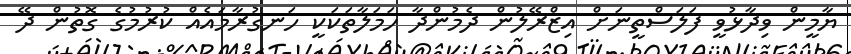
ޔާމީން ވިދާޅުވީ ފަލަސްތީނަށް އިޒްރޭލުން ދެމުންދާ ހަމަލާތަކަކީ ހަނގުރާމައެއް ކުރުމުގެ ގޮތުން ދޭ